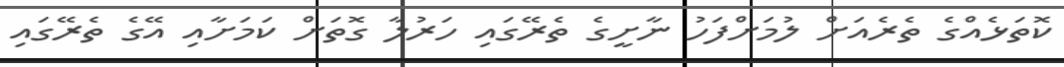
ކޮތަޅެއްގެ ތެރެއަށް ލުމަށްފަހު ނާށީގެ ތެރޭގައި ހަރުލާ ގޮތަށް ކަމަށާއި އޭގެ ތެރޭގައި